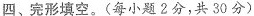
四、完形填空.(每小题2分,共 30 分)